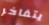
يتفاخر